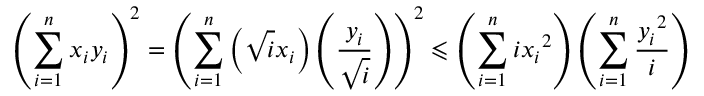
\displaystyle \left( \sum _ { i = 1 } ^ { n } x _ { i } y _ { i } \right) ^ { 2 } = \left( \sum _ { i = 1 } ^ { n } \left( \sqrt i x _ { i } \right) \left( \frac { y _ { i } } { \sqrt i } \right) \right) ^ { 2 } \leqslant \left( \sum _ { i = 1 } ^ { n } i { x _ { i } } ^ { 2 } \right) \left( \sum _ { i = 1 } ^ { n } \frac { { y _ { i } } ^ { 2 } } i \right)